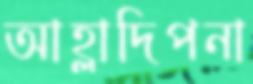
আহ্লাদিপনা